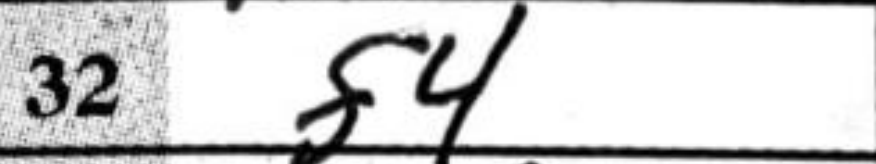
Transcription: f4